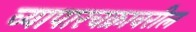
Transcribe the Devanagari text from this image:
व्यापारचक्रावरील